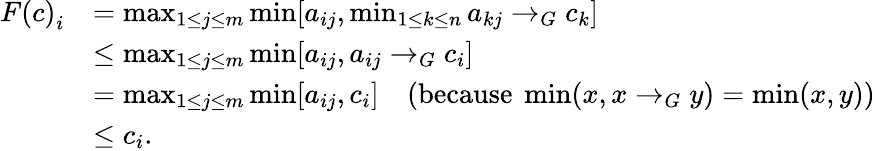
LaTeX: \begin{array}{rl}{{F(c)}_{i}}&{=\operatorname*{max}_{1\leq j\leq m}\operatorname*{min}[a_{ij},\operatorname*{min}_{1\leq k\leq n}a_{kj}\rightarrow_{G}c_{k}]}\\ &{\leq\operatorname*{max}_{1\leq j\leq m}\operatorname*{min}[a_{ij},a_{ij}\rightarrow_{G}c_{i}]}\\ &{=\operatorname*{max}_{1\leq j\leq m}\operatorname*{min}[a_{ij},c_{i}]\quad(\mathrm{because~}\operatorname*{min}(x,x\rightarrow_{G}y)=\operatorname*{min}(x,y))}\\ &{\leq c_{i}.}\end{array}